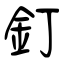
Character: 釘